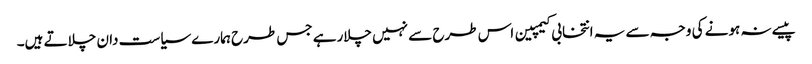
پیسے نہ ہونے کی وجہ سے یہ انتخابی کیمپین اس طرح سے نہیں چلارہے جس طرح ہمارے سیاست دان چلاتے ہیں۔